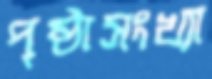
পৃষ্ঠাসংখ্যা